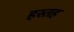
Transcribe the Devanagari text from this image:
हस्तह